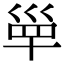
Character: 𡿼